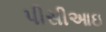
પીસીઆઇ